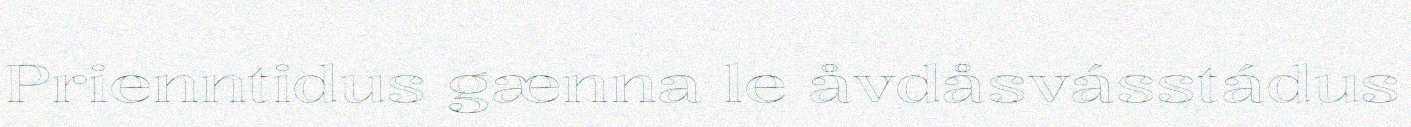
Prienntidus gænna le åvdåsvásstádus